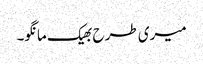
میری طرح بھیک مانگو۔